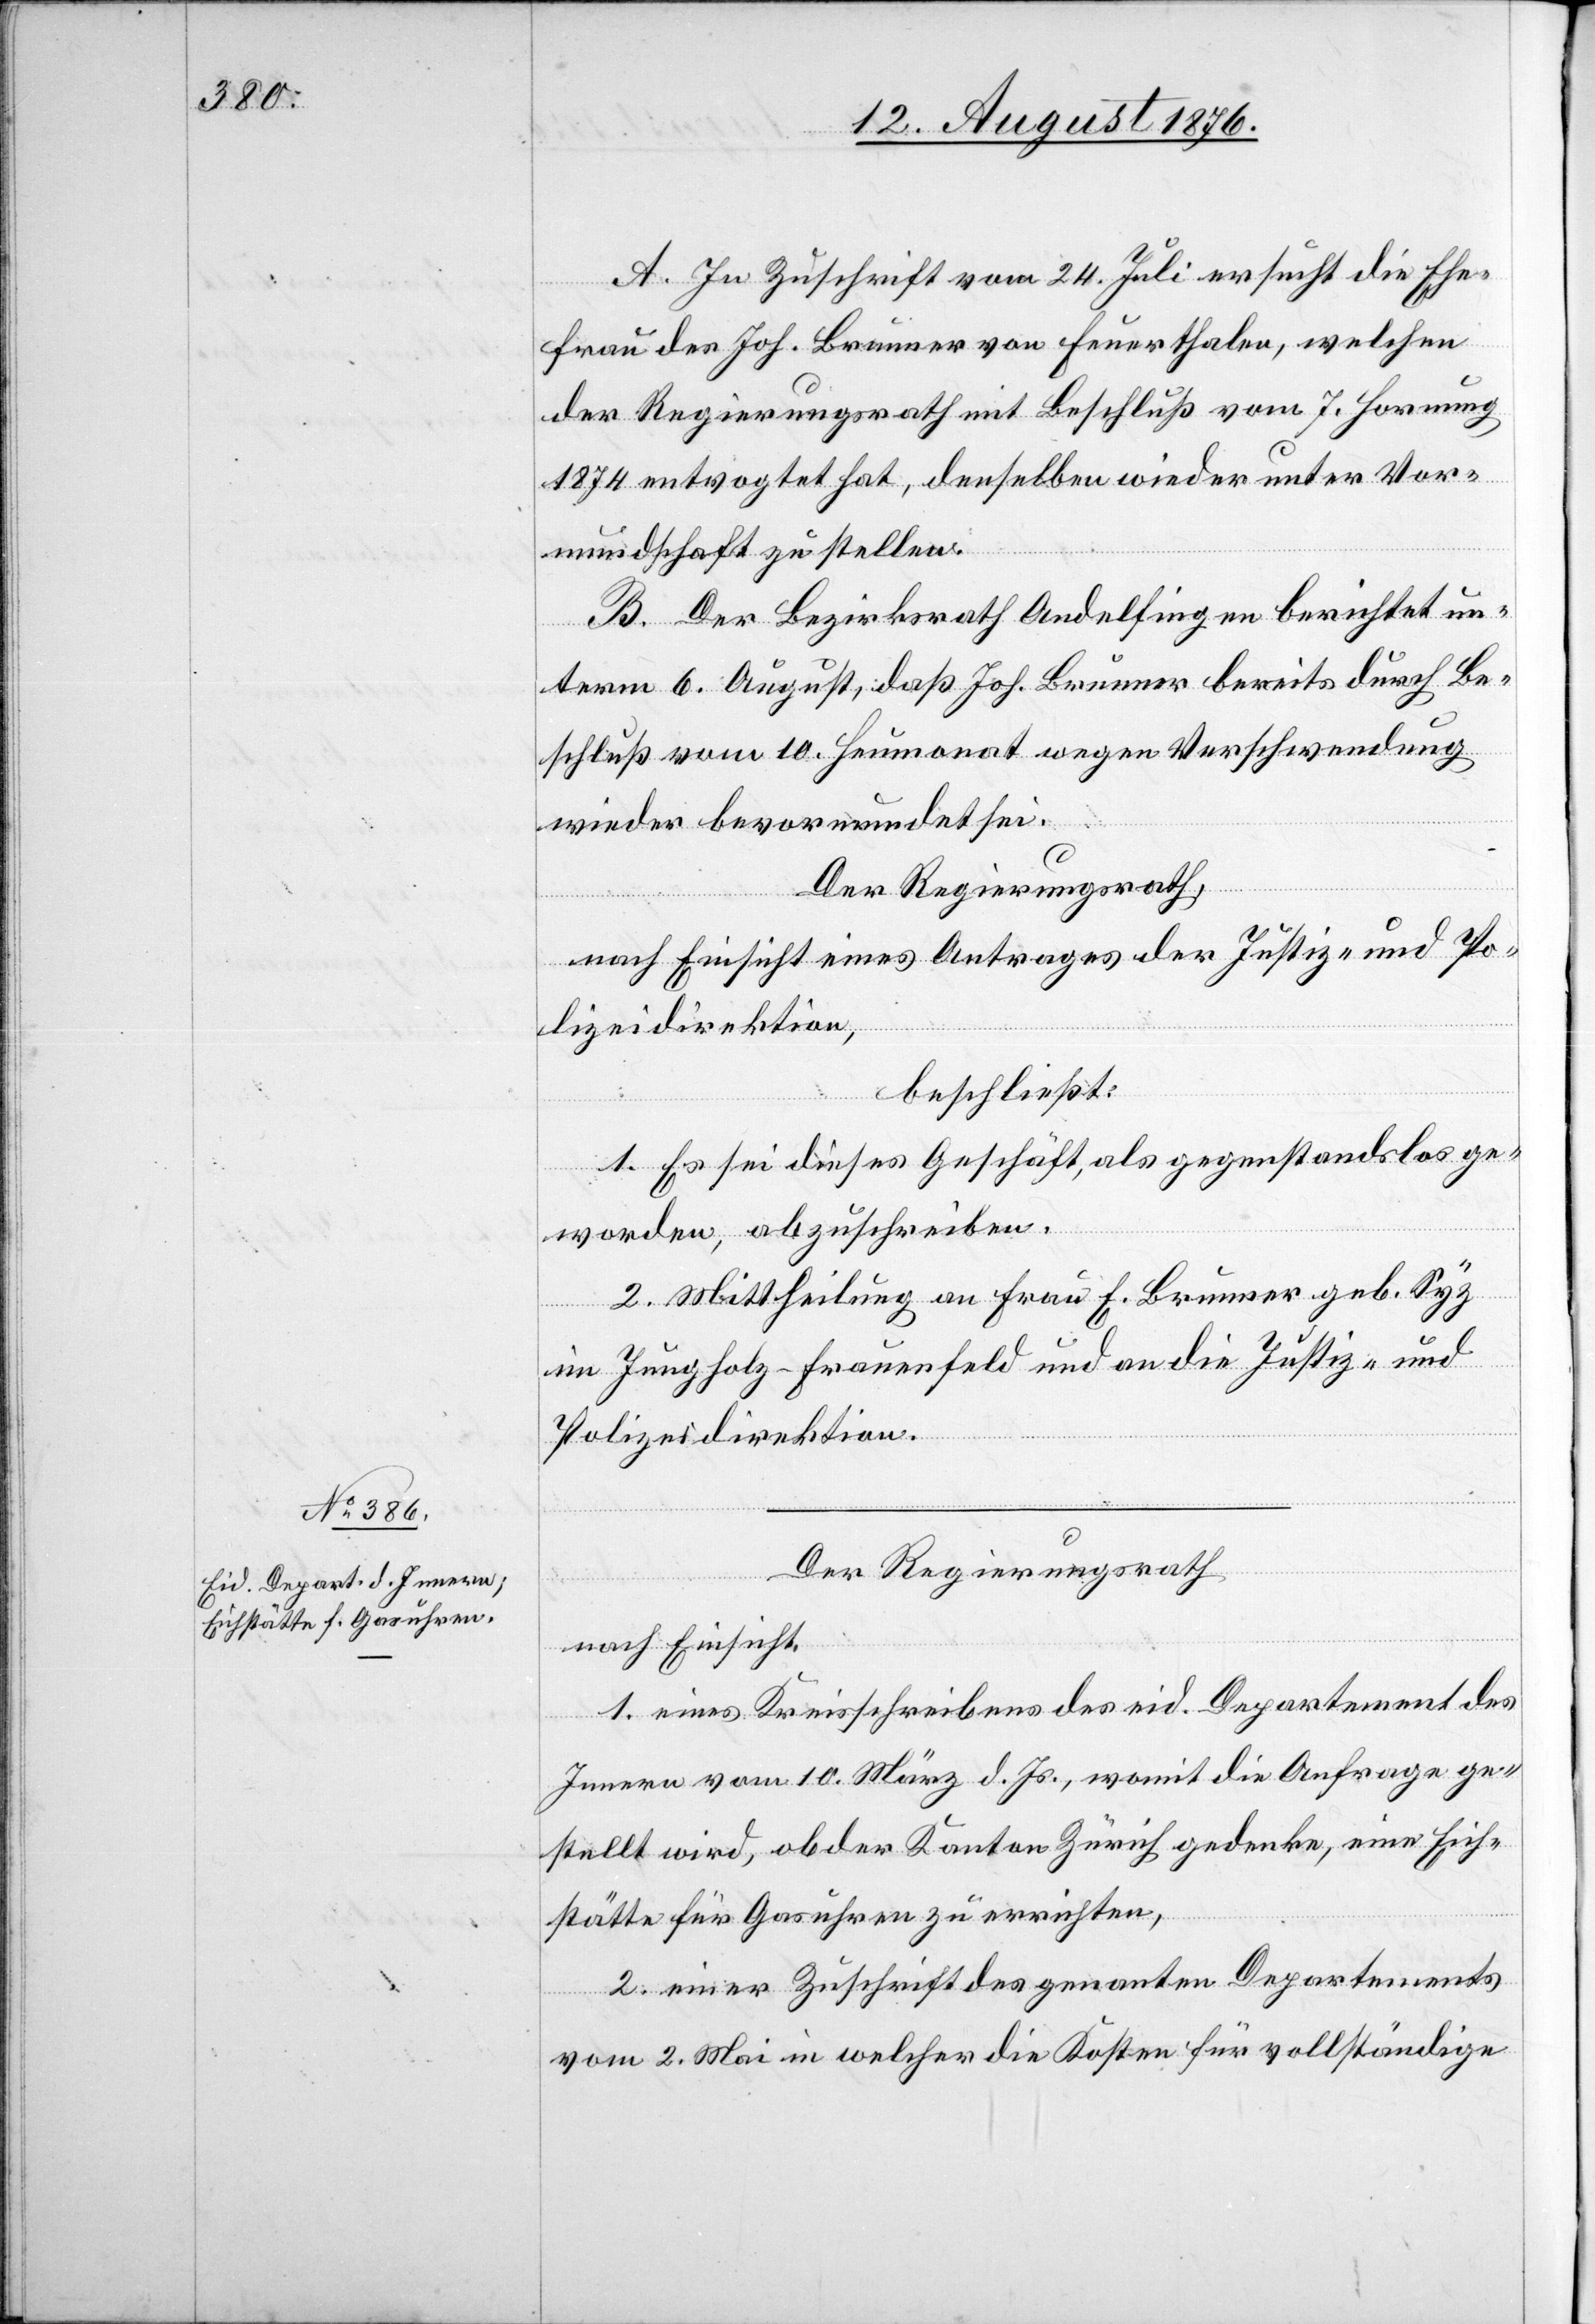
A. In Zuschrift vom 24. Juli ersucht die Ehe¬
frau des Joh. Brunner von Feuerthalen, welchen
der Regierungsrath mit Beschluß vom 7. Hornung
1874 entvogtet hat, denselben wieder unter Vor¬
mundschaft zu stellen.
B. Der Bezirksrath Andelfingen berichtet un¬
term 6. August, daß Joh. Brunner bereits durch Be¬
schluß vom 10. Heumonat wegen Verschwendung
wieder bevormundet sei.
Der Regierungsrath,
nach Einsicht eines Antrages der Justiz- und Po¬
lizeidirektion,
beschließt:
1. Es sei dieses Geschäft als gegenstandslos ge¬
worden, abgeschrieben.
2. Mittheilung an Frau E. Brunner geb. Syz
im Jungholz - Frauenfeld und an die Justiz- und
Polizeidirektion.
Der Regierungsrath,
nach Einsicht
1. eines Kreisschreibens des eid. Departement des
Innern vom 10. März d. Js., womit die Anfrage ge¬
stellt wird, ob der Kanton Zürich gedenke, eine Eich¬
stätte für Gasuhren einzurichten,
2. einer Zuschrift des genannten Departements
vom 2. Mai in welcher die Kosten für vollständige